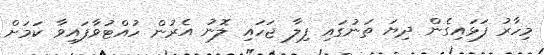
މިހާރު ފަޅައިގެން ދިޔަ ތަނުގައި ފިލާ ޖަހައި ލޮނު އެރުން ހުއްޓުވާފައިވާ ކަަމަށް